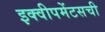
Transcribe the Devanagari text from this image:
इक्वीपमेंटसची